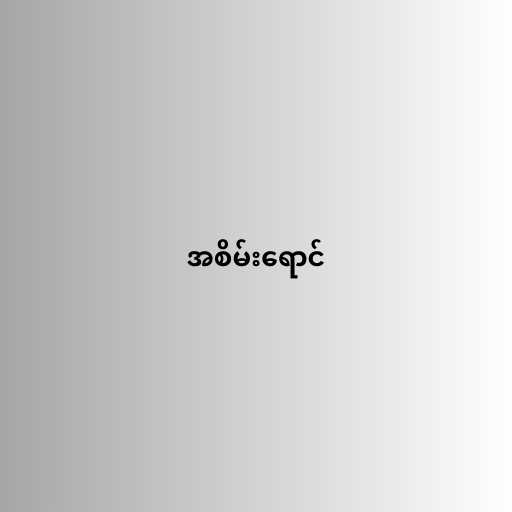
အစိမ်းရောင်